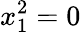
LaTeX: x_{1}^{2}=0